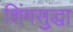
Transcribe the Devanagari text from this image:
शिंगसुद्धा